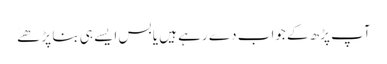
آپ پڑھ کے جواب دے رہے ہیں یا بس ایسے ہی بنا پڑھےَ